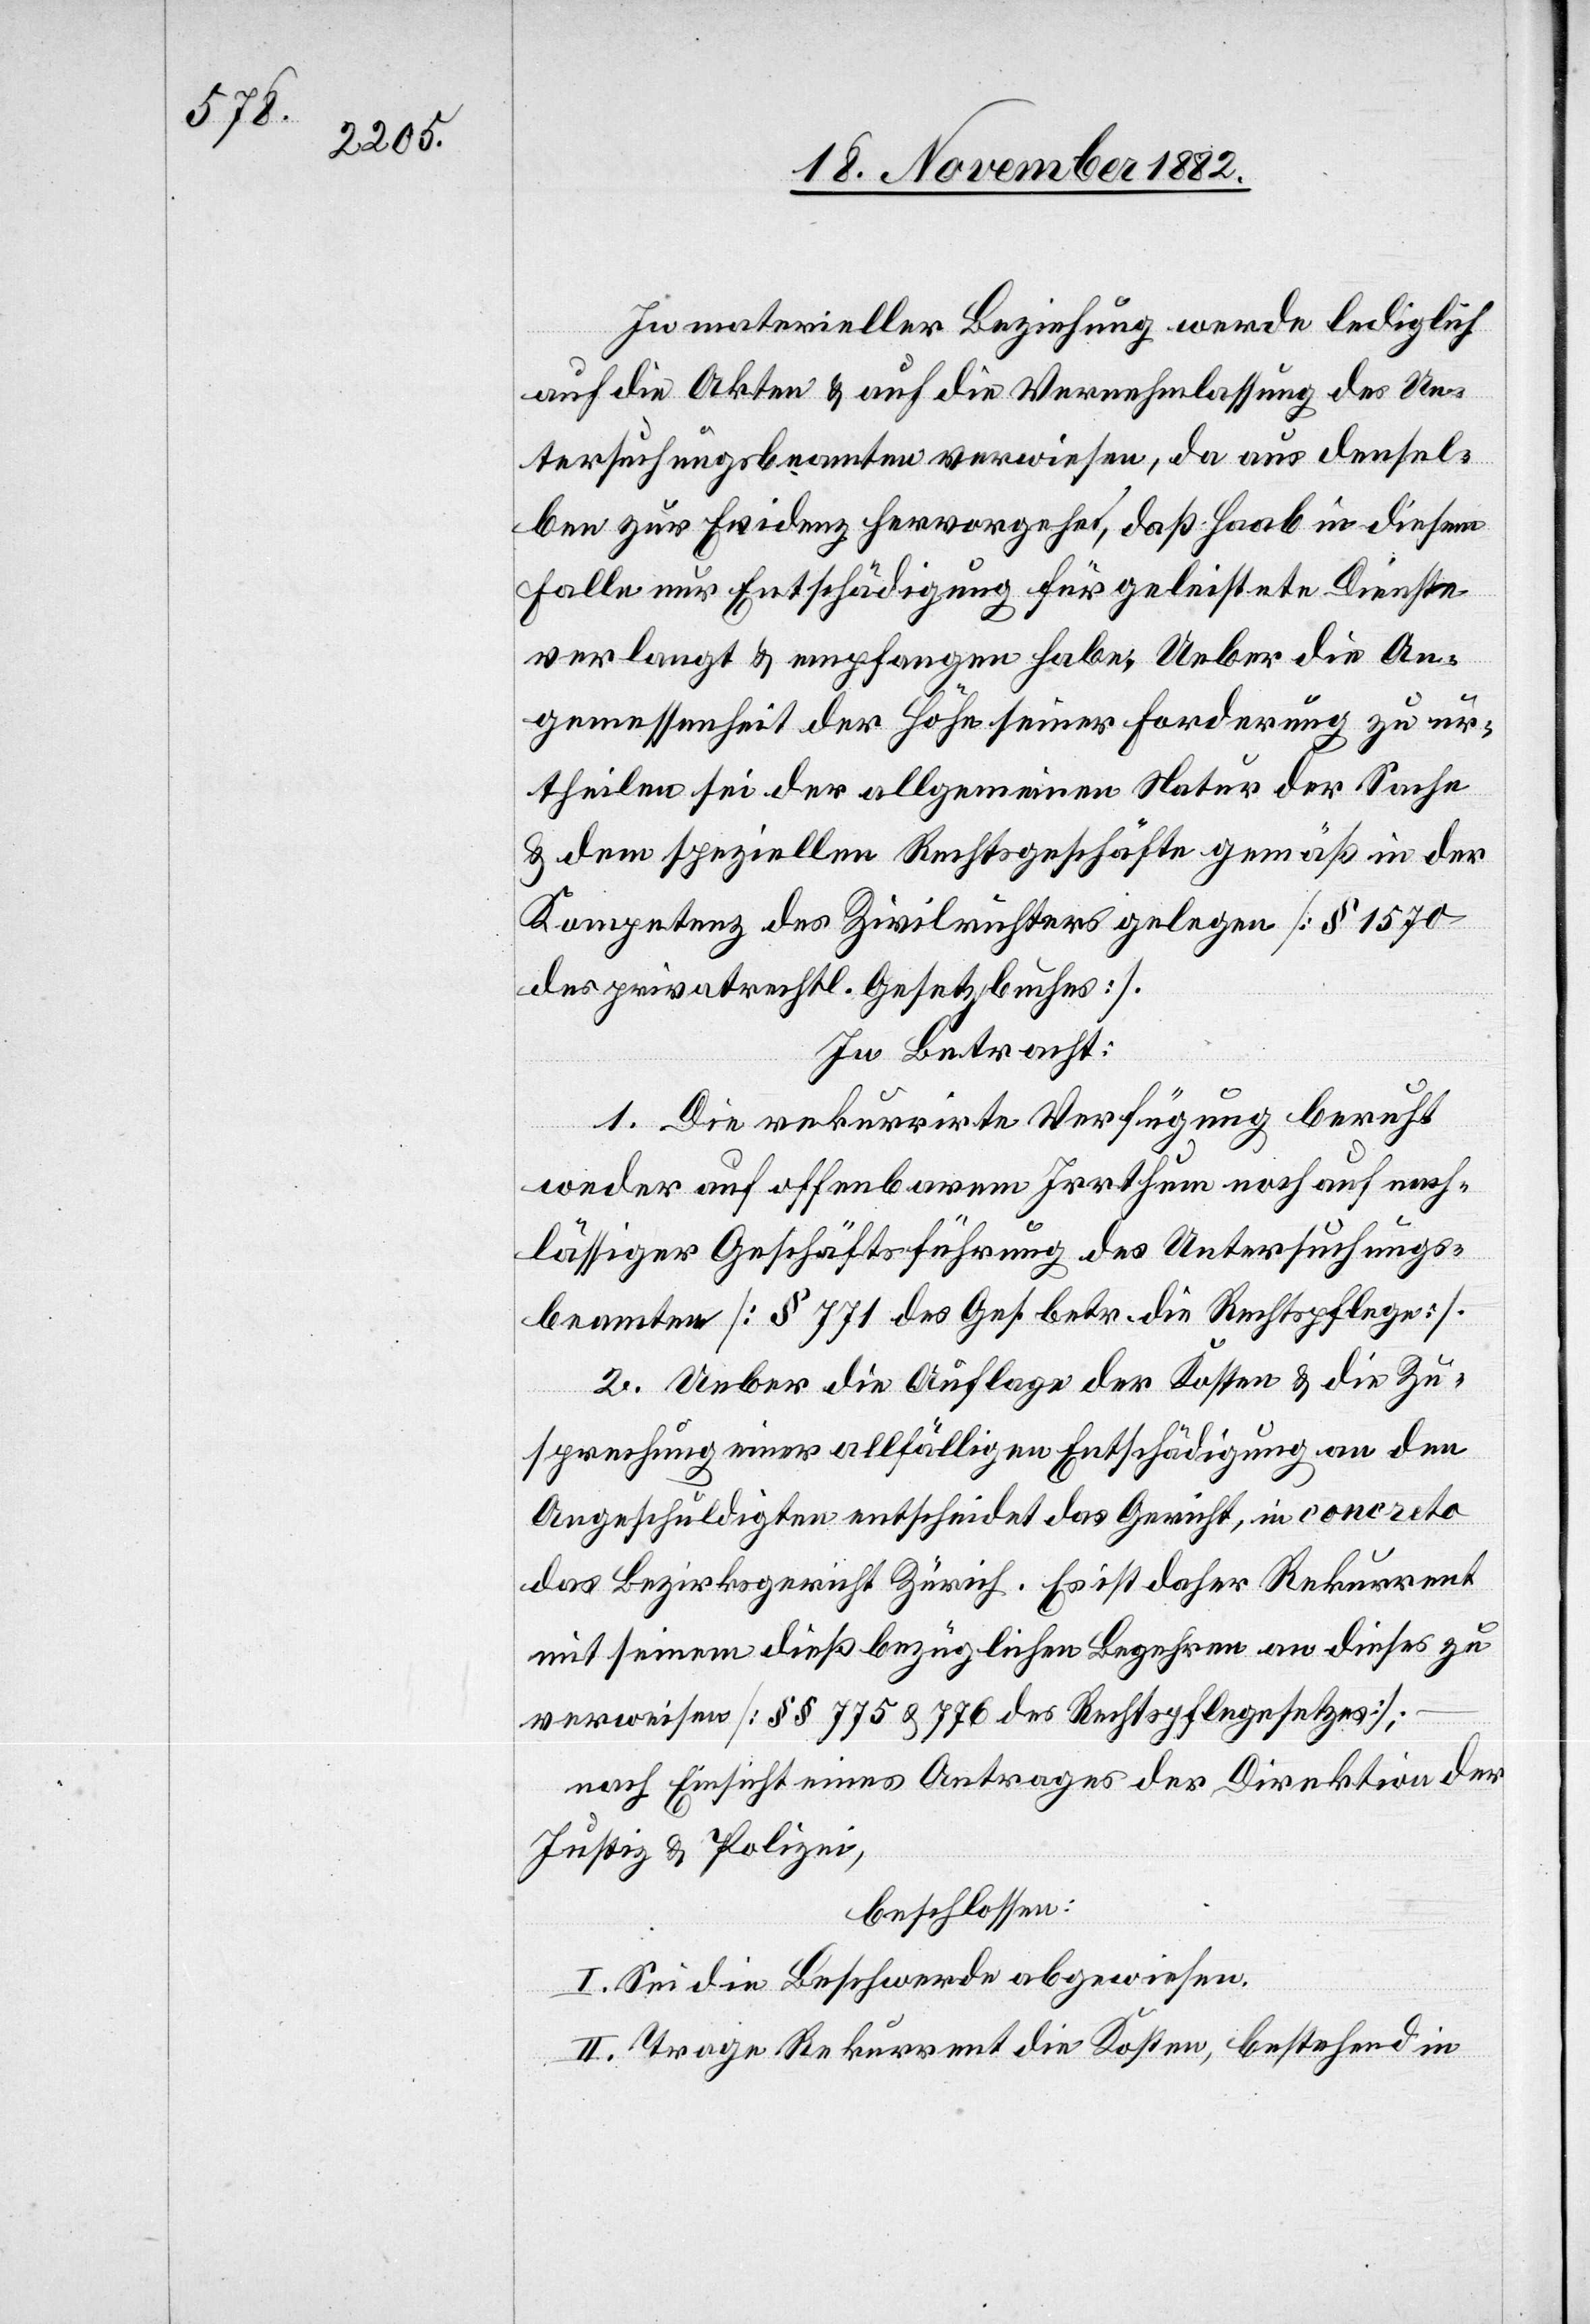
In materieller Beziehung werde lediglich
auf die Akten & auf die Vernehmlassung des Un¬
tersuchungsbeamten verwiesen, da aus densel¬
ben zur Evidenz hervorgehe, daß Haab in diesem
Falle nur Entschädigung für geleistete Dienste
verlangt & empfangen habe. Ueber die An¬
gemessenheit der Höhe seiner Forderung zu ur¬
theilen sei der allgemeinen Natur der Sache
& dem speziellen Rechtsgeschäfte gemäß in der
Kompetenz des Zivilrichters gelegen [§ 1570
des privatrechtl. Gesetzbuches].
In Betracht:
1. Die rekurrirte Verfügung beruht
weder auf offenbarem Irrthum noch auf nach¬
lässiger Geschäftsführung des Untersuchungs¬
beamten [§ 771 des Ges. betr. die Rechtspflege].
2. Ueber die Auflage der Kosten & die Zu¬
sprechung einer allfälligen Entschädigung an den
Angeschuldigten entscheidet das Gericht, in concreto
das Bezirksgericht Zürich. Es ist daher Rekurrent
mit seinem dießbezüglichen Begehren an dieses zu
verweisen [§§ 775 & 776 des Rechtspflegesetzes
nach Einsicht eines Antrages der Direktion der
Justiz & Polizei,
beschlossen:
I. Sei die Beschwerde abgewiesen.
II. Trage Rekurrent die Kosten, bestehend in